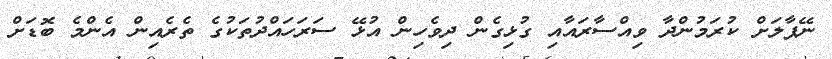
ނޭޕާލަށް ކުރަމުންދާ ވިއްސާރައާއި ގުޅިގެން ދިވެހިން އުޅޭ ސަރަހައްދުތަކުގެ ތެރެއިން އެންމެ ބޮޑަށް